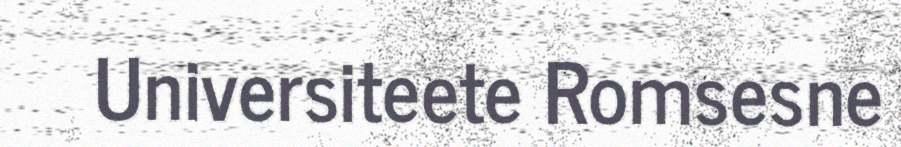
Universiteete Romsesne